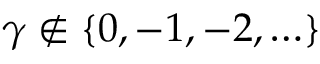
\gamma \notin \{ 0 , - 1 , - 2 , \ldots \}